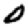
Digit: 0